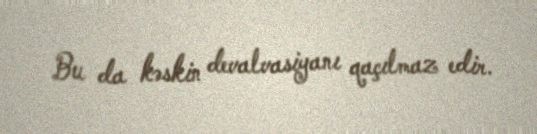
Bu da kəskin devalvasiyanı qaçılmaz edir.